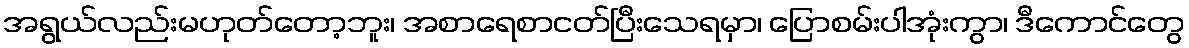
အရွယ်လည်းမဟုတ်တော့ဘူး၊ အစာရေစာငတ်ပြီးသေရမှာ၊ ပြောစမ်းပါအုံးကွာ၊ ဒီကောင်တွေ